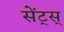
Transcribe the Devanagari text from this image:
सेंट्स्